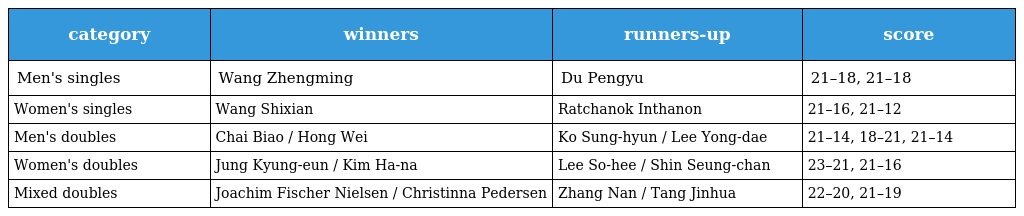
| category | winners | runners-up | score |
 | --- | --- | --- | --- |
 | Men's singles | Wang Zhengming | Du Pengyu | 21–18, 21–18 |
 | Women's singles | Wang Shixian | Ratchanok Inthanon | 21–16, 21–12 |
 | Men's doubles | Chai Biao / Hong Wei | Ko Sung-hyun / Lee Yong-dae | 21–14, 18–21, 21–14 |
 | Women's doubles | Jung Kyung-eun / Kim Ha-na | Lee So-hee / Shin Seung-chan | 23–21, 21–16 |
 | Mixed doubles | Joachim Fischer Nielsen / Christinna Pedersen | Zhang Nan / Tang Jinhua | 22–20, 21–19 |